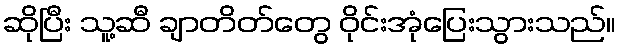
ဆိုပြီး သူ့ဆီ ချာတိတ်တွေ ဝိုင်းအုံပြေးသွားသည်။